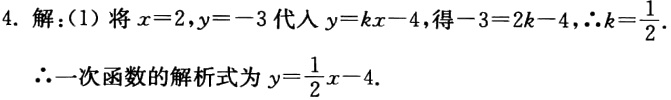
4. 解：(1) 将 \(x = 2,y=-3\) 代入 \(y = kx - 4\)，得 \(-3 = 2k - 4\)，\(\therefore k=\frac{1}{2}\)。
\(\therefore\)一次函数的解析式为 \(y=\frac{1}{2}x - 4\)。